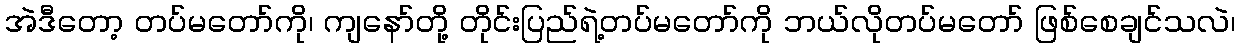
အဲဒီတော့ တပ်မတော်ကို၊ ကျနော်တို့ တိုင်းပြည်ရဲ့တပ်မတော်ကို ဘယ်လိုတပ်မတော် ဖြစ်စေချင်သလဲ၊